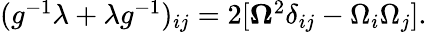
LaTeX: \begin{array}{r}{(g^{-1}\lambda+\lambda g^{-1})_{ij}=2[{\boldsymbol\Omega}^{2}\delta_{ij}-\Omega_{i}\Omega_{j}].}\end{array}